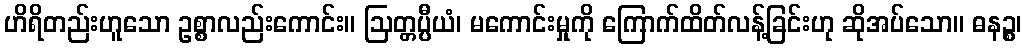
ဟိရိတည်းဟူသော ဥစ္စာလည်းကောင်း။ ဩတ္တပ္ပီယံ၊ မကောင်းမှုကို ကြောက်ထိတ်လန့်ခြင်းဟု ဆိုအပ်သော။ ဓနဉ္စ၊